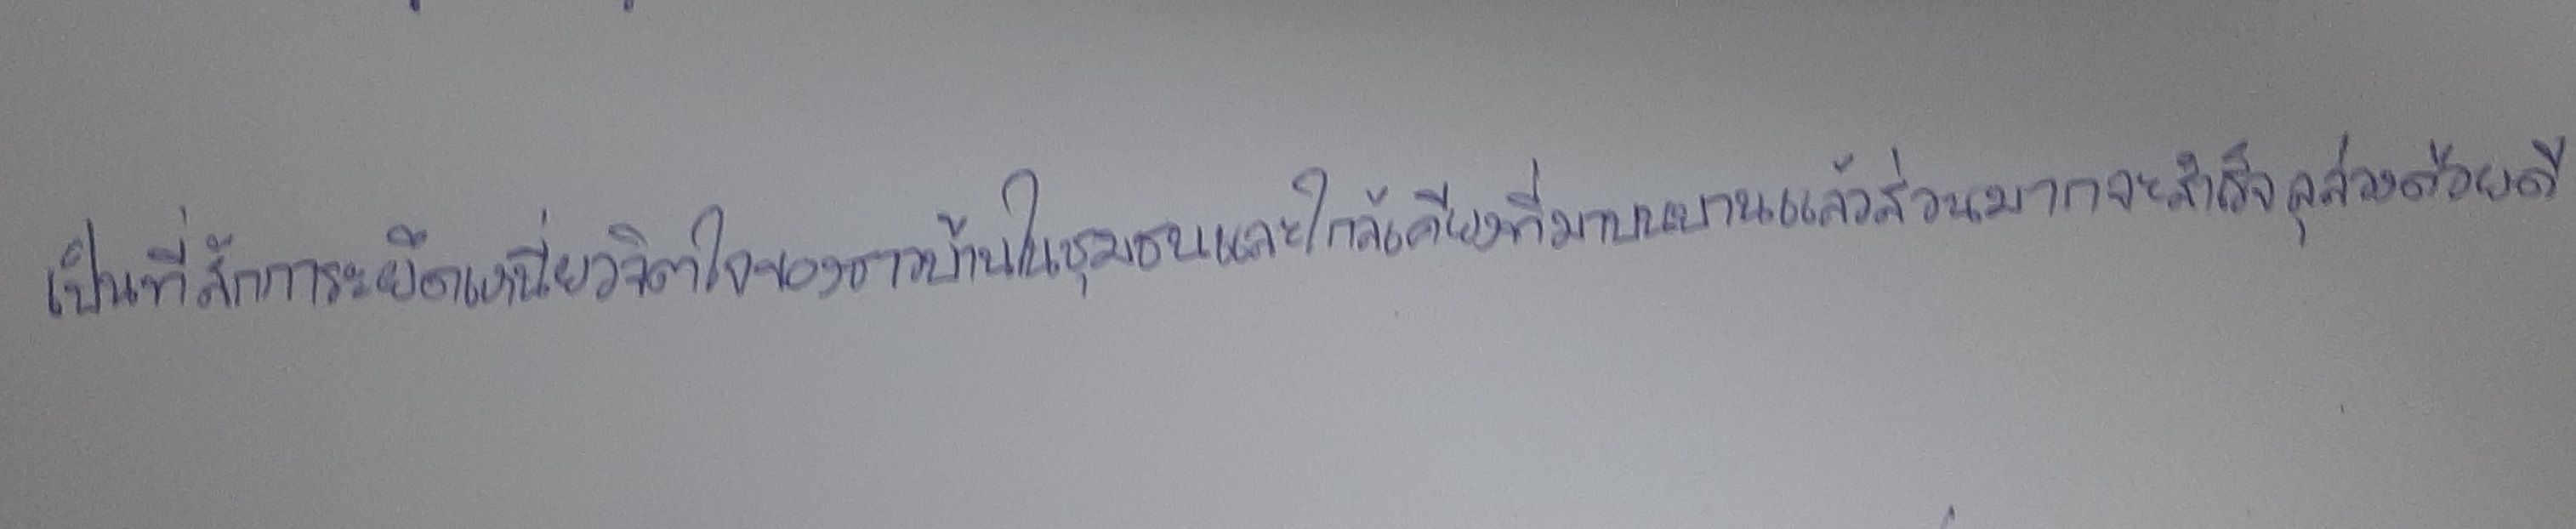
เป็นที่สักการะยึดเหนี่ยวจิตใจของชาวบ้านในชุมชนและใกล้เคียงที่มาบนบานแล้วส่วนมากจะสำเร็จลุล่วงด้วยดี